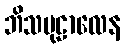
ဘိသမုဠာလေန